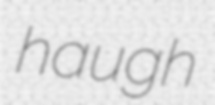
haugh